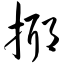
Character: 揶